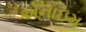
એનાઇમ